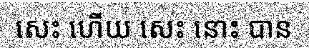
សេះ ហើយ សេះ នោះ បាន